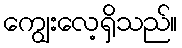
ကျွေးလေ့ရှိသည်။